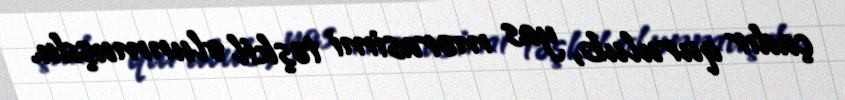
çadır qurulub, yas mərasimi təşkil olunmuşdu.